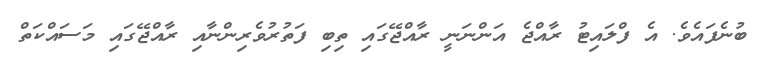
ބުނެފައެވެ. އެ ފްލައިޓު ރާއްޖެ އަންނަނީ ރާއްޖޭގައި ތިބި ފަތުރުވެރިންނާއި ރާއްޖޭގައި މަސައްކަތް